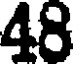
48